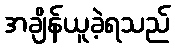
အချိန်ယူခဲ့ရသည်